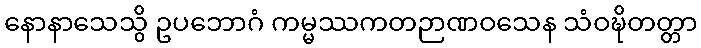
နောနာသေသွိ ဥပဘောဂံ ကမ္မဿကတဉာဏဝသေန သံဝဍ္ဎိတတ္တာ